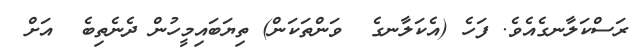
ރަސްކަލާނގެއެވެ. ފަހެ (އެކަލާނގެ  ވަންތަކަން) ތިޔަބައިމީހުން ދެނެތިބެ  އަށް